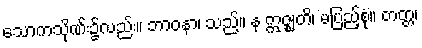
သောကသိုဏ်း၌လည်း။ ဘာဝနာ၊ သည်။ န ဣဇ္ဈတိ၊ မပြည့်စုံ။ တတ္တ၊